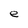
Character: e